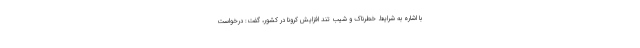
با اشاره به شرایط خطرناک و شیب تند افزایش کرونا در کشور، گفت: درخواست